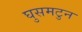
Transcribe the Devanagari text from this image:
घुसमटुन